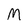
Character: M